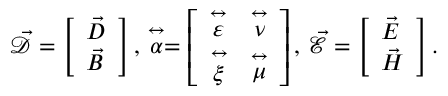
\vec { \mathcal { D } } = \left[ \begin{array} { l } { \vec { D } } \\ { \vec { B } } \end{array} \right] , \, \stackrel { \leftrightarrow } { \alpha } = \left[ \begin{array} { l l } { \stackrel { \leftrightarrow } { \varepsilon } } & { \stackrel { \leftrightarrow } { \nu } } \\ { \stackrel { \leftrightarrow } { \xi } } & { \stackrel { \leftrightarrow } { \mu } } \end{array} \right] , \, \vec { \mathcal { E } } = \left[ \begin{array} { l } { \vec { E } } \\ { \vec { H } } \end{array} \right] .